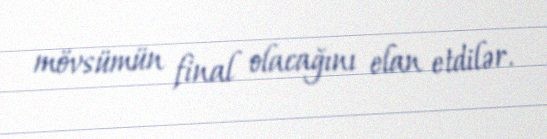
mövsümün final olacağını elan etdilər.